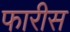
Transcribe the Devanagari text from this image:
फारीस